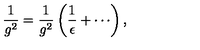
\frac { 1 } { g ^ { 2 } } = \frac { 1 } { g ^ { 2 } } \left( \frac { 1 } { \epsilon } + \cdots \right) ,